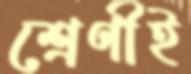
শ্রেণীই